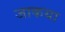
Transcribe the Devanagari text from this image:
जाकया